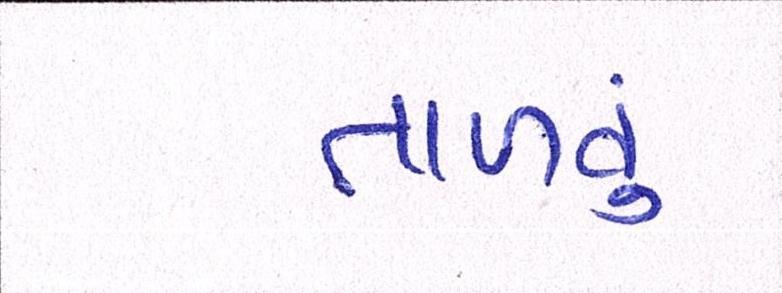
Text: તાળવું